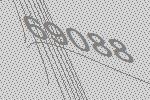
69088